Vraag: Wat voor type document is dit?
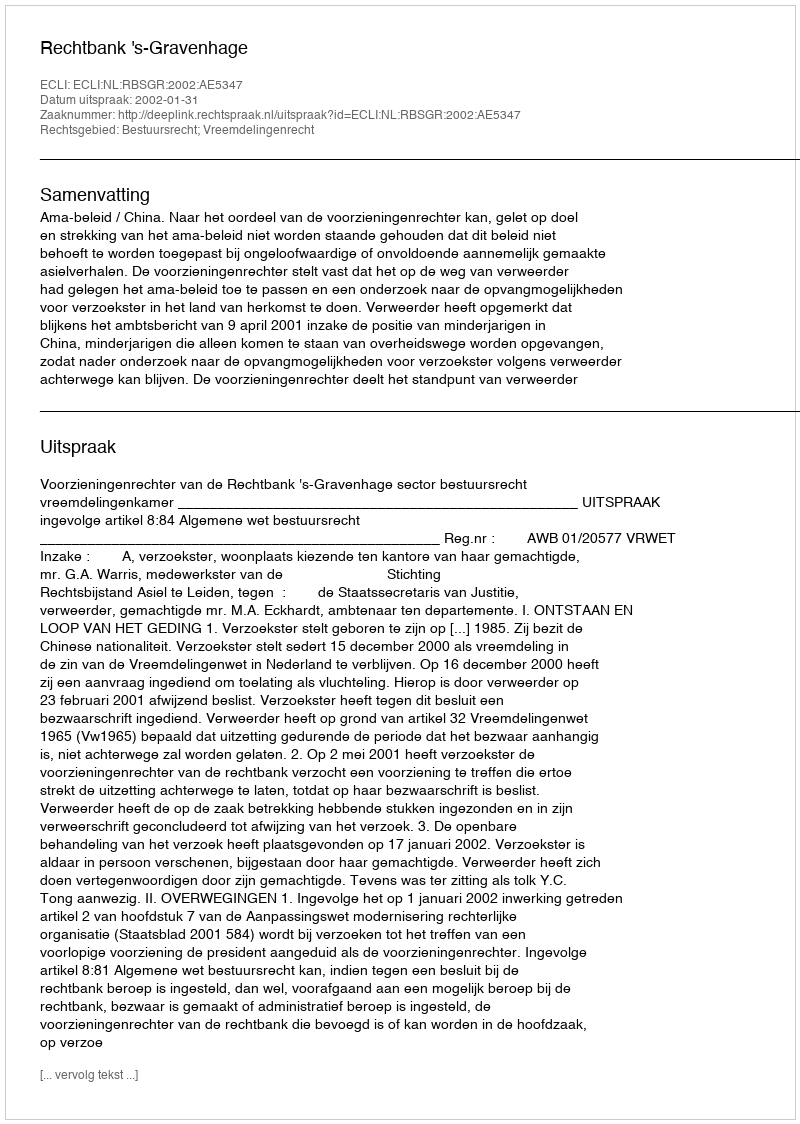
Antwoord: Uitspraak